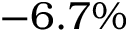
- 6 . 7 \%